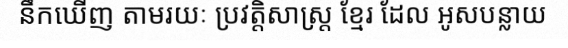
នឹកឃើញ តាមរយៈ ប្រវត្តិសាស្ត្រ ខ្មែរ ដែល អូសបន្លាយ